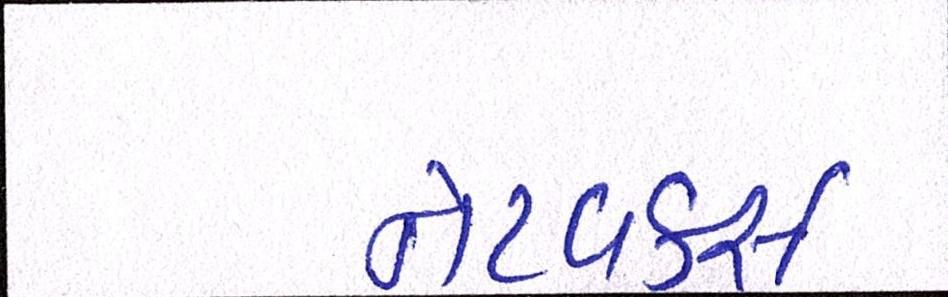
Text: નેટવર્ક્સ